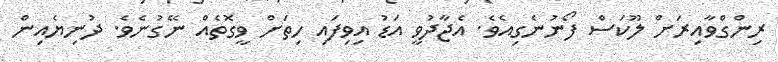
ރިންގްވާއިރަށް ލޫކަސް ފޯނުނެގިއެވެ. އެޖާދުވީ އަޑު އިވިފައި ހިތަށް ވީގޮތެއް ނޭގުނެވެ. ދުނިޔެއިން